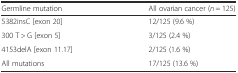
<table><thead><tr><td><b>Germline mutation</b></td><td><b>All ovarian cancer (<i>n</i> = 125)</b></td></tr></thead><tbody><tr><td>5382insC [exon 20]</td><td>12/125 (9.6 %)</td></tr><tr><td>300 T &gt; G [exon 5]</td><td>3/125 (2.4 %)</td></tr><tr><td>4153delA [exon 11.17]</td><td>2/125 (1.6 %)</td></tr><tr><td>All mutations</td><td>17/125 (13.6 %)</td></tr></tbody></table>